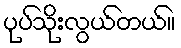
ပုပ်သိုးလွယ်တယ်။